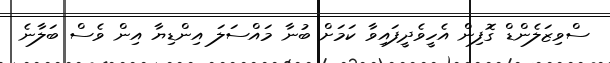
ސްވިޒަލެންޑް ގޮފިން އެހީވެދީފައިވާ ކަމަށް ބުނާ މައްސަލަ އިންޑިޔާ އިން ވެސް ބަލާނެ